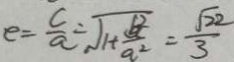
e = \frac { c } { a } = \sqrt { 1 + \frac { b ^ { 2 } } { a ^ { 2 } } } = \frac { \sqrt { 2 2 } } { 3 }